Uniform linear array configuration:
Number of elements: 64
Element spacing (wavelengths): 0.5
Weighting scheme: uniform
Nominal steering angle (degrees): -30
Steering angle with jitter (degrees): -28.44
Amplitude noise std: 0.05
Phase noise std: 0.05

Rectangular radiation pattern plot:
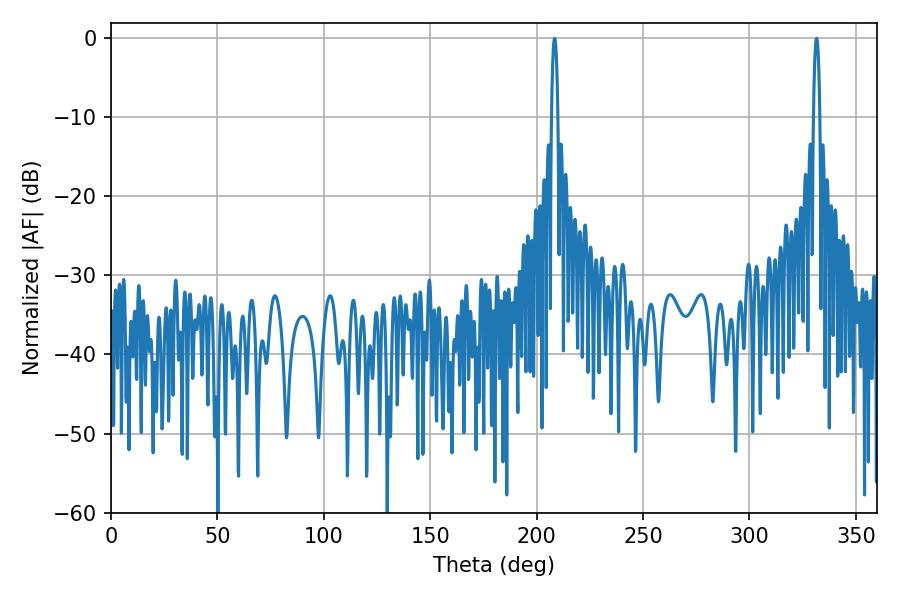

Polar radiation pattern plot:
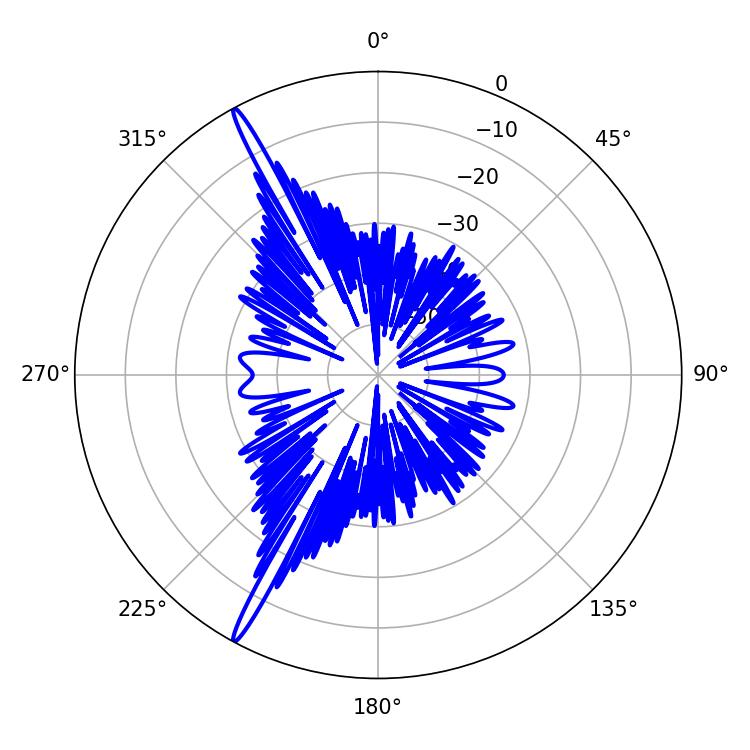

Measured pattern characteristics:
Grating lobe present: FALSE
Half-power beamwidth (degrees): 1.62
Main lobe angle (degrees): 208.44